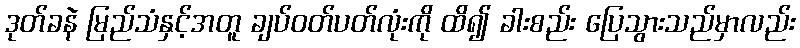
ဒုတ်ခနဲ မြည်သံနှင့်အတူ ချပ်ဝတ်ပတ်လုံးကို ထိ၍ ခါးစည်း ပြေသွားသည်မှာလည်း